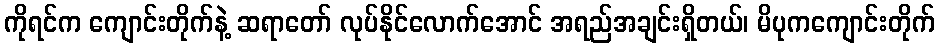
ကိုရင်က ကျောင်းတိုက်နဲ့ ဆရာတော် လုပ်နိုင်လောက်အောင် အရည်အချင်းရှိတယ်၊ မိပုကကျောင်းတိုက်